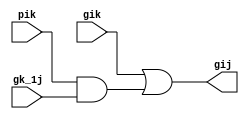
`timescale 1ns / 1ps
//////////////////////////////////////////////////////////////////////////////////
// Company: 
// Engineer: 
// 
// Design Name: 
// Module Name:    Grey 
// Project Name: 
// Target Devices: 
// Tool versions: 
// Description: 
//
// Dependencies: 
//
// Revision: 
// Revision 0.01 - File Created
// Additional Comments: 
//
//////////////////////////////////////////////////////////////////////////////////
module Grey(gik,pik,gk_1j,gij);

	input gik,pik,gk_1j;
	output gij;
	wire w;
	
	and(w,pik,gk_1j);
	or(gij,gik,w);


endmodule